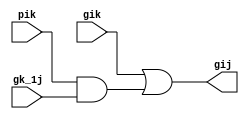
`timescale 1ns / 1ps
//////////////////////////////////////////////////////////////////////////////////
// Company: 
// Engineer: 
// 
// Design Name: 
// Module Name:    Grey 
// Project Name: 
// Target Devices: 
// Tool versions: 
// Description: 
//
// Dependencies: 
//
// Revision: 
// Revision 0.01 - File Created
// Additional Comments: 
//
//////////////////////////////////////////////////////////////////////////////////
module Grey(gik,pik,gk_1j,gij);

	input gik,pik,gk_1j;
	output gij;
	wire w;
	
	and(w,pik,gk_1j);
	or(gij,gik,w);


endmodule